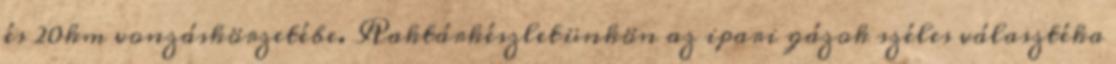
és 20km vonzáskörzetébe. Raktárkészletünkön az ipari gázok széles választéka